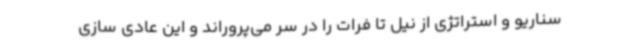
سناریو و استراتژی از نیل تا فرات را در سر می‌پروراند و این عادی سازی